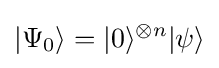
|\Psi _{0}\rangle =|0\rangle ^{\otimes n}|\psi \rangle